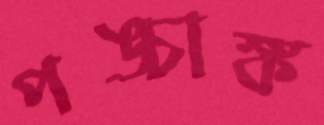
পঙ্চাঙ্ক